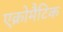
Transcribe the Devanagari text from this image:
एक्रोमैटिक